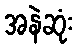
အနဲဆုံး